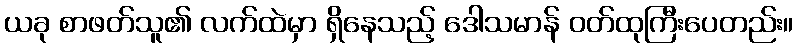
ယခု စာဖတ်သူ၏ လက်ထဲမှာ ရှိနေသည့် ဒေါသမာန် ဝတ်ထုကြီးပေတည်း။